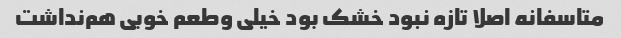
متاسفانه اصلا تازه نبود خشک بود خیلی و‌طعم خوبی هم‌نداشت